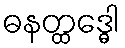
ဓနတ္ထဒ္ဓေါ